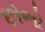
છોભો